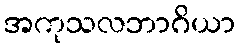
အကုသလဘာဂိယာ